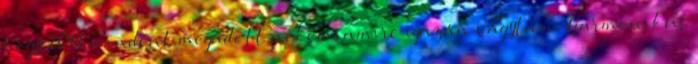
hogy 2014 mindent megadott nekem, amire igazán vágytam. Harmonikus